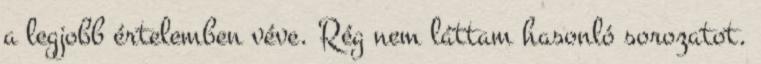
a legjobb értelemben véve. Rég nem láttam hasonló sorozatot.